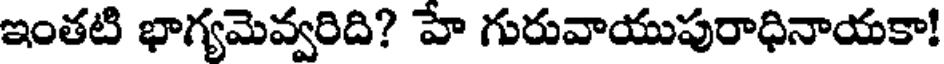
ఇంతటి భాగ్యమెవ్వరిది? హే గురువాయుపురాధినాయకా!